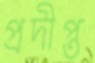
প্রদীপ্ত